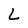
Character: L